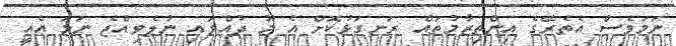
ނަމަވެސް އެތެރޭގެ އިންތިޒާމުތައް ރަނގަޅުކޮށް އެ މޫ ދުއްވައި ނުލެވިއްޖެ ނަމަ އެއީ